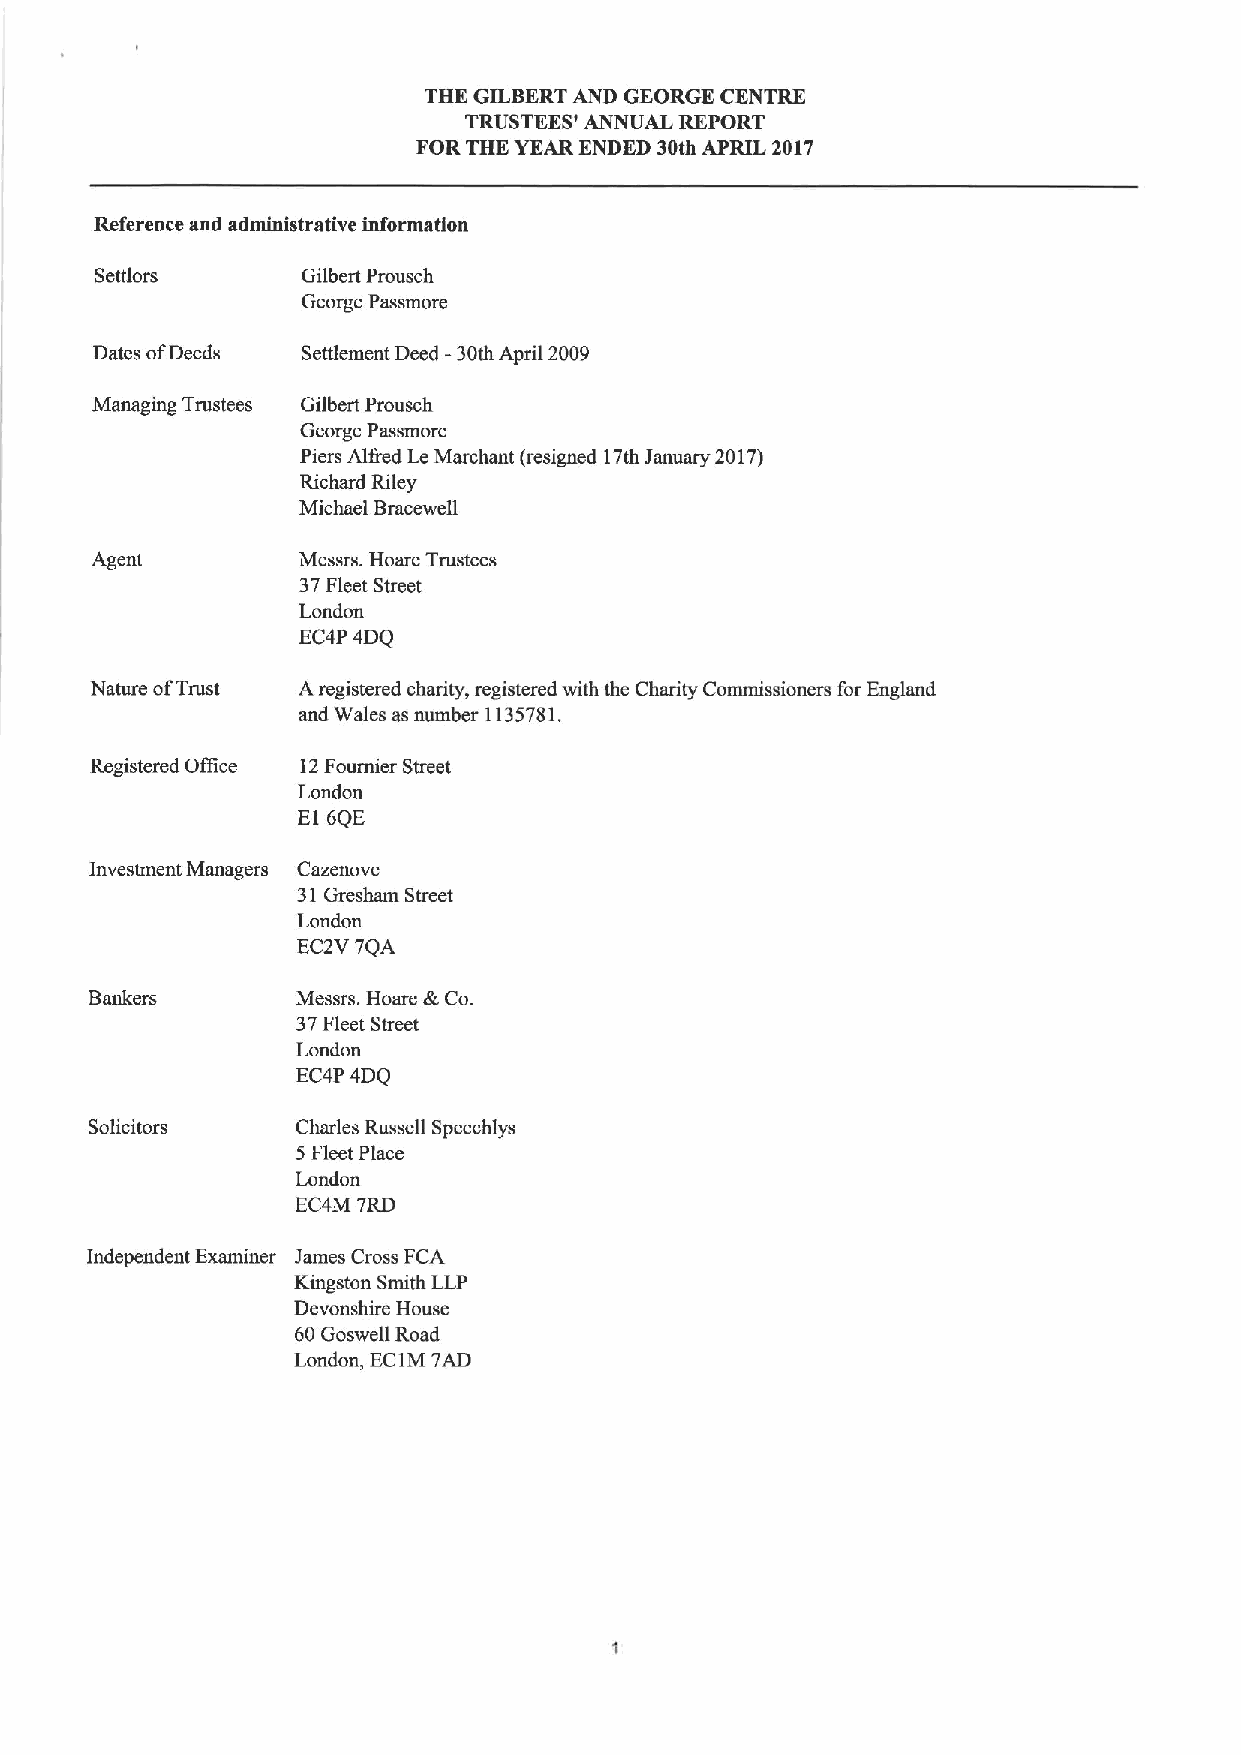
THE GILBERTAND GEORGE CENTRE
 TRUSTEES' ANNUAL REPORT
 FOR THE YEAR ENDED 30th APRIL 2017
 Reference and administrative information
 Settlors      Gilbert Prousch
 George Passmore
 Dates ofDeeds Settlement Deed -30th April 2009
 Managing Trustees Gilbert Prousch
 George Passmore
 Piers Altred LeMerchant (resigned 17th January 2017)
 Richard Riley
 Michael Bracewell
 Agent         Messrs. Hoare Trustees
 37Fleet Street
 London
 EC4P4DQ
 Nature ofTrust Aregistered charity, registered with the Charity Commissioners for England
 and Wales as number 1135781.
 Registered OITice 12Foumier Street
 London
 El 6QE
 Investment Managers Cazenove
 31Gresham Street
 London
 EC2V 7QA
 Bankers       Messrs. Hoare &Co.
 37Fleet Street
 London
 EC4P 4DQ
 Solicitors    Charles Russell Speechlys
 5Fleet Place
 London
 EC4M 7RD
 Independent Examiner James Cross FCA
 Kingston Smith LLP
 Devonshire House
 60Goswell Road
 London, EC1M7AD